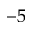
^ { - 5 }